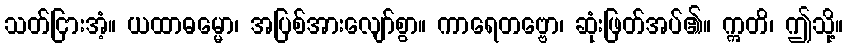
သတ်ငြားအံ့။ ယထာဓမ္မော၊ အပြစ်အားလျော်စွာ။ ကာရေတဗ္ဗော၊ ဆုံးဖြတ်အပ်၏။ ဣတိ၊ ဤသို့။